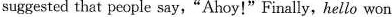
suggested that people say,"Ahoy!"Finally,hello won